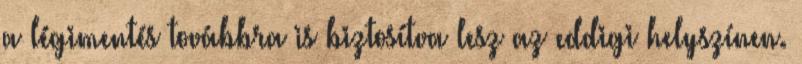
a légimentés továbbra is biztosítva lesz az eddigi helyszínen.